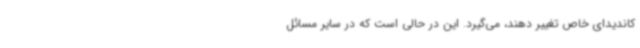
کاندیدای خاص تغییر دهند، می‌گیرد. این در حالی است که در سایر مسائل